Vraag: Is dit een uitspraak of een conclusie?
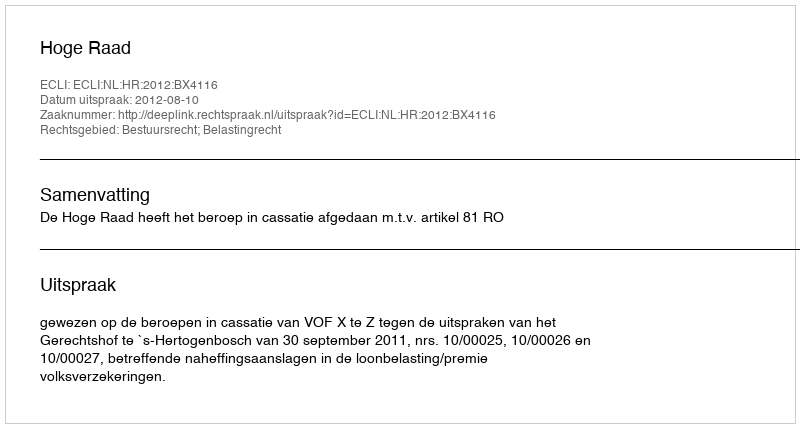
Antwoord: Uitspraak